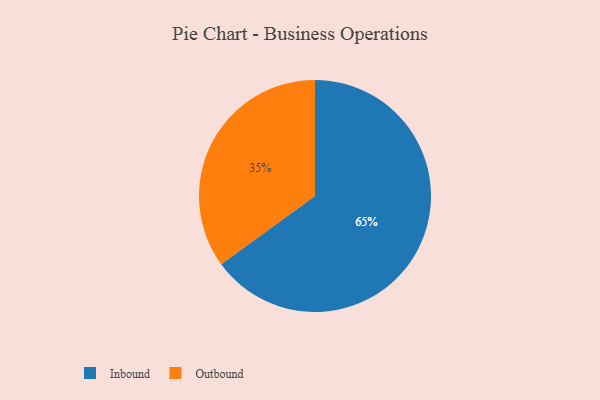
{"axis": {"x": "Category", "y": "Percentage"}, "legend": ["Inbound", "Outbound"], "data": [{"x": "Outbound", "y": 35, "type": "Outbound"}, {"x": "Inbound", "y": 65, "type": "Inbound"}]}